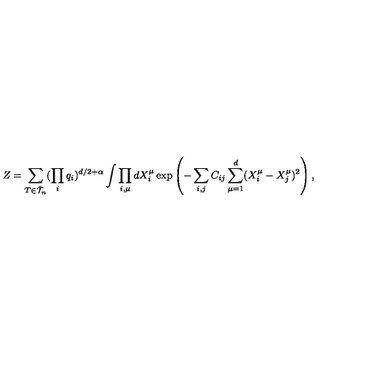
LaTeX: \protect Z = \sum _ { T \in { \tilde { \cal { T } } } _ { n } } ( \prod _ { i } q _ { i } ) ^ { d / 2 + \alpha } \int \prod _ { i , \mu } d X _ { i } ^ { \mu } \exp \left( - \sum _ { i , j } C _ { i j } \sum _ { \mu = 1 } ^ { d } ( X _ { i } ^ { \mu } - X _ { j } ^ { \mu } ) ^ { 2 } \right) ,